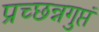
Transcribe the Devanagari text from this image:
प्रच्छन्नगुप्तं